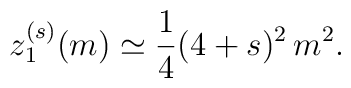
z_1^{(s)} (m)\simeq {1\over 4}(4+s)^2\, m^2.